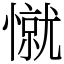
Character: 憱